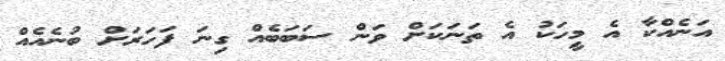
އަނެއްކާ އެ މީހަކު އެ ތަނަކަށް ވަން ސަބަބެއް ގިނަ ފަހަރަށް ބުނެއެއް